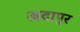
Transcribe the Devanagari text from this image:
अदापुर